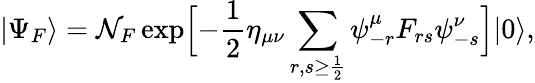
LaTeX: |\Psi_{F}\rangle={\cal N}_{F}\exp\Bigl[-{\frac{1}{2}}\eta_{\mu\nu}\sum_{r,s\ge{\frac{1}{2}}}\psi_{-r}^{\mu}F_{rs}\psi_{-s}^{\nu}\Bigr]|0\rangle,